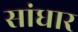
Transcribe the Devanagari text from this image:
सांधार